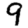
Digit: 9